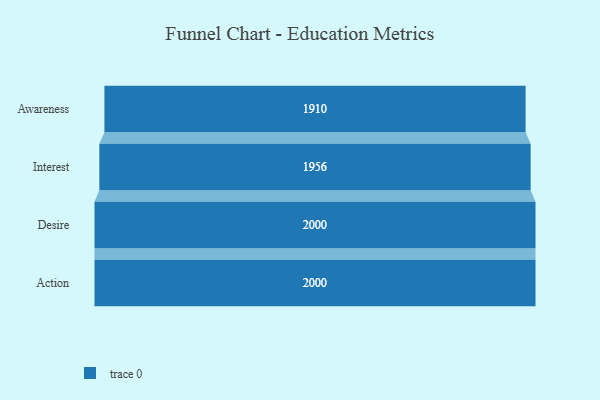
{"axis": {"x": "Stage", "y": "Value"}, "legend": [""], "data": [{"x": "Awareness", "y": 1910.0, "type": ""}, {"x": "Interest", "y": 1956.0, "type": ""}, {"x": "Desire", "y": 2000, "type": ""}, {"x": "Action", "y": 2000, "type": ""}]}